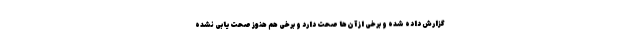
گزارش داده شده و برخی از آن‌ها صحت دارد و برخی هم هنوز صحت‌یابی نشده